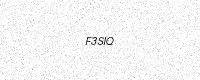
Text: F3SIQ